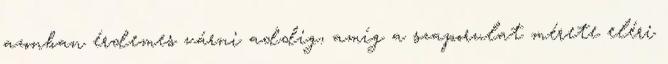
azonban érdemes várni addig, amíg a szaporulat mérete eléri